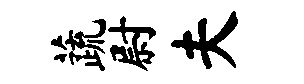
蔬尉夫